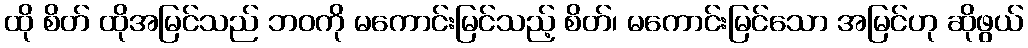
ထို စိတ် ထိုအမြင်သည် ဘဝကို မကောင်းမြင်သည့် စိတ်၊ မကောင်းမြင်သော အမြင်ဟု ဆိုဖွယ်